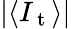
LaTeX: |\langle I_{\mathrm{~t~}}\rangle|